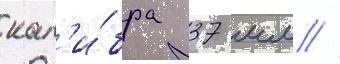
кал'и́бра 37 мм /